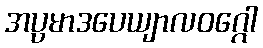
အပ္ပမာဒပေယျာလဝဂ္ဂေါ